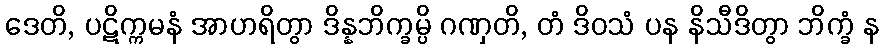
ဒေတိ, ပဋိက္ကမနံ အာဟရိတွာ ဒိန္နဘိက္ခမ္ပိ ဂဏှတိ, တံ ဒိဝသံ ပန နိသီဒိတွာ ဘိက္ခံ န